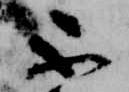
不